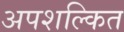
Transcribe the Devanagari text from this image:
अपशल्कित